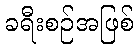
ခရီးစဉ်အဖြစ်